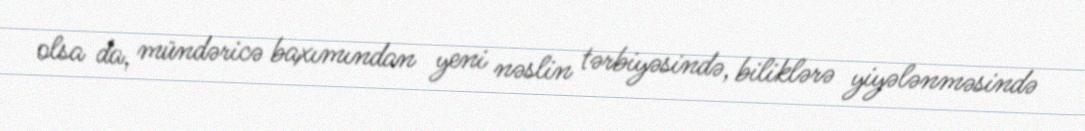
olsa da, mündəricə baxımından yeni nəslin tərbiyəsində, biliklərə yiyələnməsində